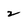
Character: 2